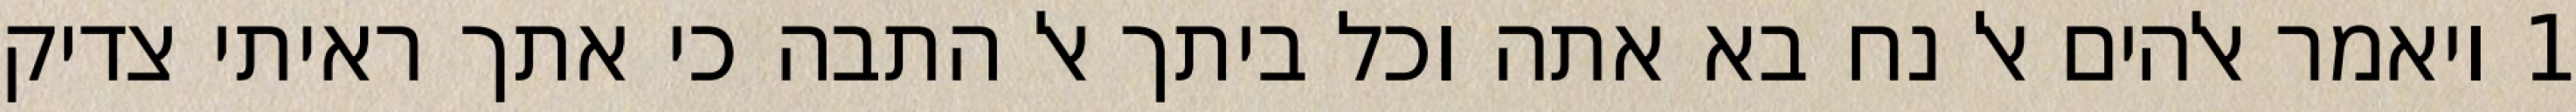
1 ויאמר אלהים אל נח בא אתה וכל ביתך אל התבה כי אתך ראיתי צדיק